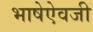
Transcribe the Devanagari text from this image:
भाषेऐवजी